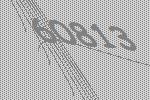
60813